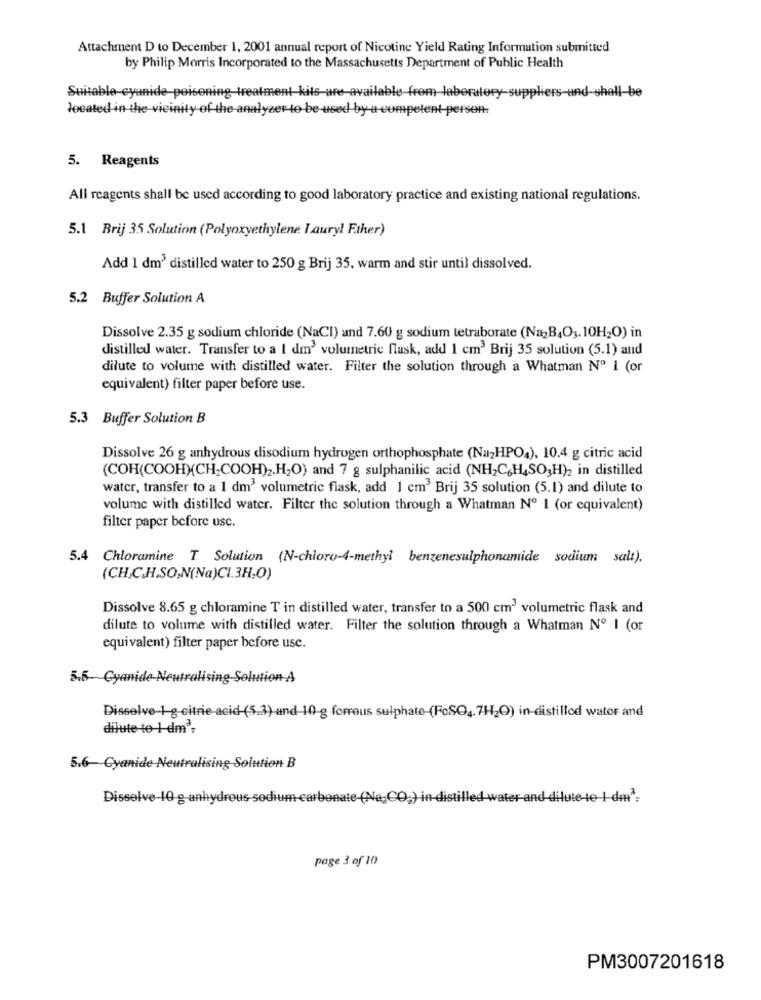
Attachment D to December 1, 2001 annual report of Nicotine Yield Rating Information submitted
by Philip Morris Incorporated to the Massachusetts Department of Public Health
Suitable cyanide poisoning treatment kits are available from-laboratory-suppliers-und-shall-be
located in the vicinity of the analyzer-to be used by a competent-persen.
5. Reagents
All reagents shall be used according to good laboratory practice and existing national regulations.
5.1 Brij 35 Solution (Polyoxyethylene Lauryl Fther)
Add 1 dm3 distilled water to 250 g Brij 35, warm and stir until dissolved.
5.2 Buffer Solution A
Dissolve 2.35 g sodium chloride (NaCI) and 7.60 g sodium tetraborate (Na2B4O3.10H2O) in
distilled water. Transfer to a I dm3 volumetric flask, add 1 cm3 Brij 35 solution (5.1) and
dilute to volume with distilled water. Filter the solution through a Whatman Nº 1 (or
equivalent) filter paper before use.
5.3 Buffer Solution B
Dissolve 26 g anhydrous disodium hydrogen orthophosphate (Na2HPO4), 10.4 g citric acid
(COH(COOH)(CH-COOH)2.H2O) and 7 g sulphanilic acid (NH2C&H4SO,H)2 in distilled
water, transfer to a 1 dm' volumetric flask, add 1 cm3 Brij 35 solution (5.1) and dilute to
volume with distilled water. Filter the solution through a Whatman Nº 1 (or equivalent)
filter paper before usc.
5.4 Chloramine T Solution (N-chloro-4-methyl benzenesulphonamide sodium salt),
(CH.C.H.SO,N(Na)CI.3H,0)
Dissolve 8.65 g chloramine T in distilled water, transfer to a 500 cm3 volumetric flask and
dilute to volume with distilled water. Filter the solution through a Whatman Nº I (or
equivalent) filter paper before use.
5.5- Cyanide New
ralising Solution A
Dissolve-1 g citric acid (5.3) and 10 g forrous sulphate-(FcSO4. 7H2O) in distilled water and
dilute to 1-dm';
5.6- Cyanide Neutralising Solution B
Dissolve-10 g-anhydrous sodium carbonate (Na,CO;) in-dis
page 3 of 10
PM3007201618